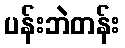
ပန်းဘဲတန်း